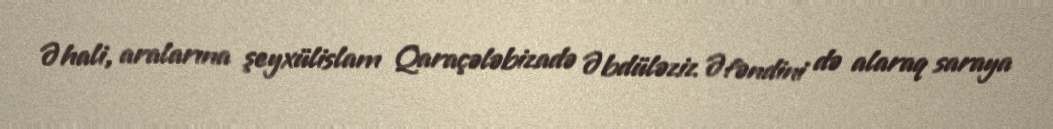
Əhali, aralarına şeyxülislam Qaraçələbizadə Əbdüləziz Əfəndini də alaraq saraya